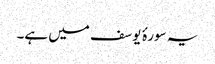
یہ سورۂ یوسف میں ہے۔